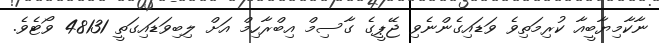
ނާކާމިޔާބީއާ ކުރިމަތިވެ ވަޑައިގެންނެވި ޖޭޕީގެ ގާސިމް އިބްރާހިމް އަށް ލިބިވަޑައިގަތީ 48131 ވޯޓެވެ.